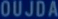
OUJDA